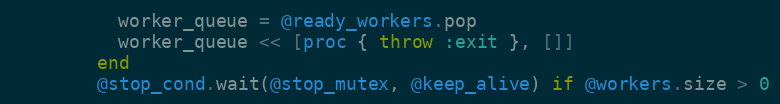
Language: Ruby
          worker_queue = @ready_workers.pop
          worker_queue << [proc { throw :exit }, []]
        end
        @stop_cond.wait(@stop_mutex, @keep_alive) if @workers.size > 0